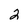
Character: 2